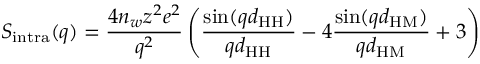
S _ { \mathrm { i n t r a } } ( q ) = \frac { 4 n _ { w } z ^ { 2 } e ^ { 2 } } { q ^ { 2 } } \left( \frac { \sin ( q d _ { \mathrm { H H } } ) } { q d _ { \mathrm { H H } } } - 4 \frac { \sin ( q d _ { \mathrm { H M } } ) } { q d _ { \mathrm { H M } } } + 3 \right)